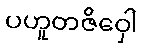
ပဟူတဇိဝှေါ